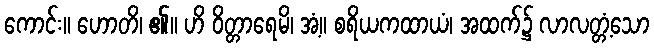
ကောင်း။ ဟောတိ၊ ၏။ ဟိ ဝိတ္တာရေမိ၊ အံ့။ စရိယကထာယံ၊ အထက်၌ လာလတ္တံ့သော